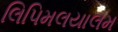
લિપિમલયાલમ